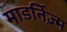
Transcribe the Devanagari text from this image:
माडर्निज़्म